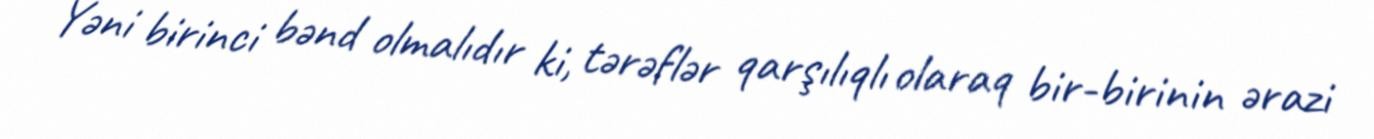
Yəni birinci bənd olmalıdır ki, tərəflər qarşılıqlı olaraq bir-birinin ərazi